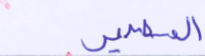
المصير